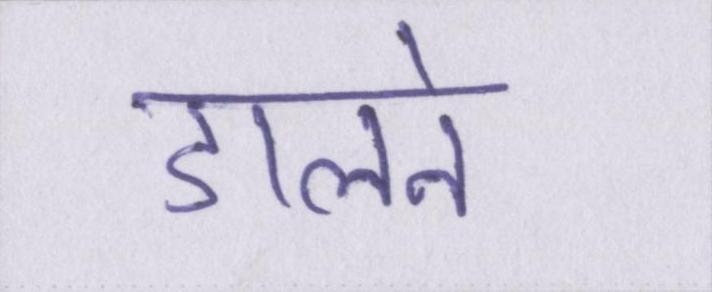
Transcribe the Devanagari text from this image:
डालने